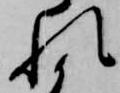
れ